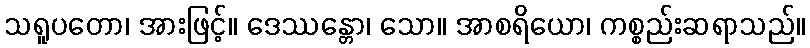
သရူပတော၊ အားဖြင့်။ ဒေဿန္တော၊ သော။ အာစရိယော၊ ကစ္စည်းဆရာသည်။